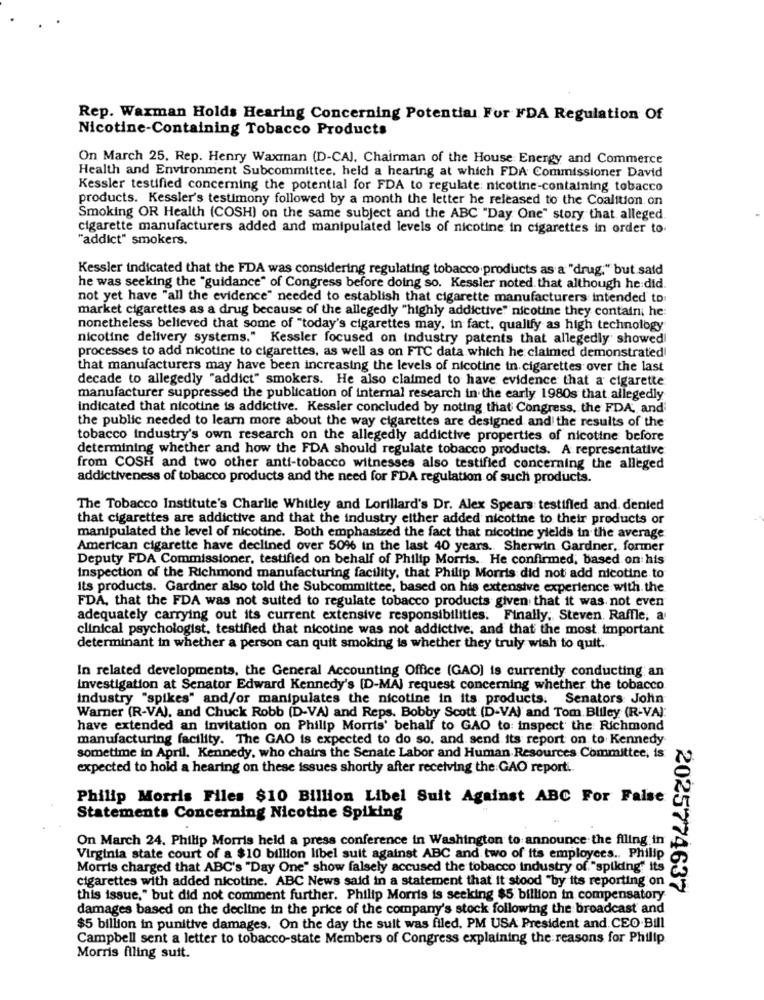
Rep. Waxman Holds Hearing Concerning Potential For FDA Regulation Of
Nicotine-Containing Tobacco Products
On March 25. Rep. Henry Waxman (D-CAJ, Chairman of the House Energy and Commerce
Health and Environment Subcommittee, held a hearing at which FDA Commissioner David
Kessler testified concerning the potential for FDA to regulate: nicotine-containing tobacco
products. Kessler's testimony followed by a month the letter he released to the Coalition on
Smoking OR Health (COSH) on the same subject and the ABC "Day One" story that alleged
cigarette manufacturers added and manipulated levels of nicotine in cigarettes in order to.
"addict" smokers.
Kessler indicated that the FDA was considering regulating tobacco products as a "drug." but said
he was seeking the "guidance" of Congress before doing so. Kessler noted that although he did.
not yet have "all the evidence" needed to establish that cigarette manufacturers intended to
market cigarettes as a drug because of the allegedly "highly addictive" nicotine they contain; he:
nonetheless believed that some of "today's cigarettes may, in fact. qualify as high technology
nicotine delivery systems." Kessler focused on industry patents that allegedly showed
processes to add nicotine to cigarettes, as well as on FTC data which he claimed demonstrated!
that manufacturers may have been increasing the levels of nicotine in cigarettes over the last
decade to allegedly "addict" smokers. He also claimed to have evidence that a cigarette
manufacturer suppressed the publication of internal research in the early 1980s that allegedly
indicated that nicotine is addictive. Kessler concluded by noting that Congress, the FDA, and
the public needed to learn more about the way cigarettes are designed and the results of the
tobacco industry's own research on the allegedly addictive properties of nicotine before
determining whether and how the FDA should regulate tobacco products. A representative
from COSH and two other anti-tobacco witnesses also testified concerning the alleged
addictiveness of tobacco products and the need for FDA regulation of such products.
The Tobacco Institute's Charlie Whitley and Lorillard's Dr. Alex Spears testified and. dented
that cigarettes are addictive and that the industry either added nicotine to their products or
manipulated the level of nicotine. Both emphasized the fact that nicotine yields in the average
American cigarette have declined over 50% in the last 40 years. Sherwin Gardner, former
Deputy FDA Commissioner, testified on behalf of Philip Morris. He confirmed, based on his
Inspection of the Richmond manufacturing facility, that Philip Morris did not add nicotine to
its products. Gardner also told the Subcommittee, based on his extensive experience with the
FDA, that the FDA was not suited to regulate tobacco products given that it was not even
adequately carrying out its current extensive responsibilities. Finally, Steven. Raffle, a
clinical psychologist, testified that nicotine was not addictive, and that the most important
determinant in whether a person can quit smoking is whether they truly wish to quit.
In related developments, the General Accounting Office (GAO) is currently conducting an
investigation at Senator Edward Kennedy's [D-MAJ request concerning whether the tobacco
industry "spikes" and/or manipulates the nicotine in its products. Senators John
Warner (R-VA), and Chuck Robb [D-VA) and Reps. Bobby Scott (D-VA) and Tom Bliley (R-VA):
have extended an invitation on Philip Morris' behalf to GAO to: inspect the Richmond
manufacturing facility. The GAO is expected to do so. and send its report on to Kennedy
sometime in April. Kennedy, who chairs the Senate Labor and Human Resources Committee, is
expected to hold a hearing on these issues shortly after receiving the GAO report ..
Philip Morris Files $10 Billion Libel Suit Against ABC For False
Statements Concerning Nicotine Spiking
On March 24. Philip Morris held a press conference in Washington to announce the filing in
Virginia state court of a $10 billion libel suit against ABC and two of its employees .. Philip
Morris charged that ABC's "Day One" show falsely accused the tobacco industry of "spiking" its
cigarettes with added nicotine. ABC News said in a statement that it stood "by its reporting on
2025774637
this issue," but did not comment further. Philip Morris is seeking $5 billion in compensatory
damages based on the decline in the price of the company's stock following the broadcast and
$5 billion in punitive damages. On the day the suit was filed. PM USA President and CEO.Bill
Campbell sent a letter to tobacco-state Members of Congress explaining the reasons for Philip
Morris filing suit.